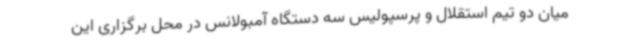
میان دو تیم استقلال و پرسپولیس سه دستگاه آمبولانس در محل برگزاری این